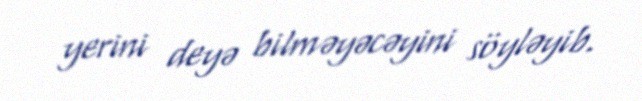
yerini deyə bilməyəcəyini söyləyib.